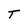
Character: T